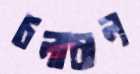
চলাচাল